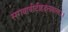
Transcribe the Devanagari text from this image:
सगवावीदीहदलवासा।।